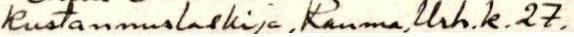
kustannuslaskija, Rauma, Urh.k.27.